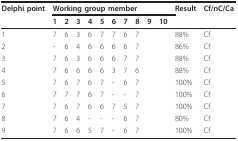
| Delphi point | <COLSPAN=10> Working group member | Result | Cf/nC/Ca |
 |  | 1 | 2 | 3 | 4 | 5 | 6 | 7 | 8 | 9 | 10 |  |  |
 | --- | --- | --- | --- | --- | --- | --- | --- | --- | --- | --- | --- | --- |
 | 1 | 7 | 6 | 3 | 6 | 7 | 7 | 6 | 7 |  |  | 88% | Cf |
 | 2 | - | 6 | 4 | 6 | 6 | 6 | 6 | 7 |  |  | 86% | Cf |
 | 3 | 7 | 6 | 3 | 6 | 6 | 6 | 7 | 7 |  |  | 88% | Cf |
 | 4 | 7 | 6 | 6 | 6 | 6 | 3 | 7 | 6 |  |  | 88% | Cf |
 | 5 | 7 | 6 | 7 | 6 | 7 | - | 6 | 7 |  |  | 100% | Cf |
 | 6 | 7 | 7 | 7 | 6 | 7 | - | - | 7 |  |  | 100% | Cf |
 | 7 | 7 | 6 | 7 | 6 | 6 | 7 | 5 | 7 |  |  | 100% | Cf |
 | 8 | 7 | 6 | 4 | - | - | - | 6 | 7 |  |  | 80% | Cf |
 | 9 | 7 | 6 | 6 | 5 | 7 | - | 6 | 7 |  |  | 100% | Cf |